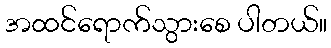
အထင်ရောက်သွားစေ ပါတယ်။